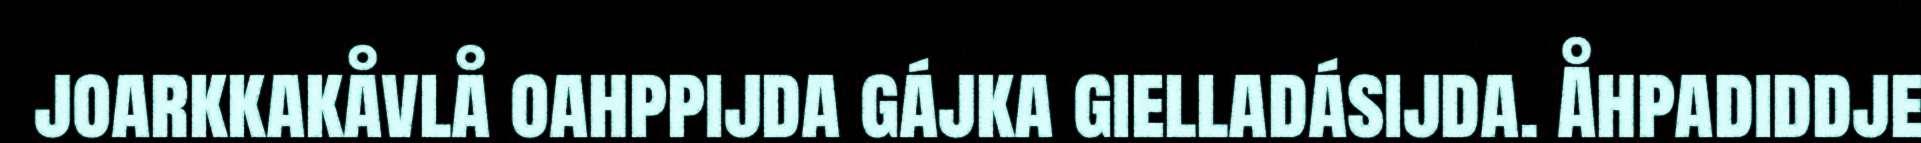
joarkkakåvlå oahppijda gájka gielladásijda. Åhpadiddje